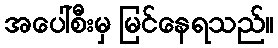
အပေါ်စီးမှ မြင်နေရသည်။